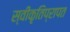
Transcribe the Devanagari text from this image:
स्वीकृतिप्रापत